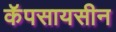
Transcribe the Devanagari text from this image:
कॅपसायसीन